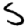
Digit: 5